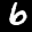
Label: 6